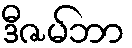
ဒီဇမ်ဘာ